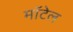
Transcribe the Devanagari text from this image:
मॉटेल